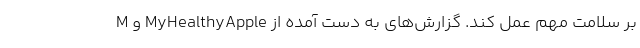
بر سلامت مهم عمل کند. گزارش‌های به دست آمده از MyHealthyApple و M